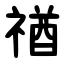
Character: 禉